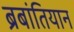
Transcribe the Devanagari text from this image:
ब्रबांतियान